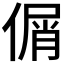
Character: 𠋱